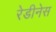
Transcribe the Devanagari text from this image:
रेडीनेस